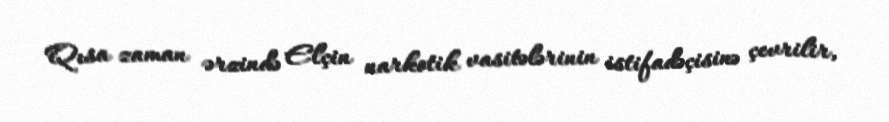
Qısa zaman ərzində Elçin narkotik vasitələrinin istifadəçisinə çevrilir,